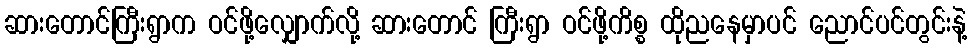
ဆားတောင်ကြီးရွာက ဝင်ဖို့လျှောက်လို့ ဆားတောင် ကြီးရွာ ဝင်ဖို့ကိစ္စ ထိုညနေမှာပင် ညောင်ပင်တွင်းနဲ့